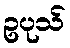
ဥပုသ်